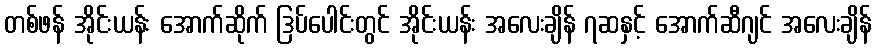
တစ်ဖန် အိုင်းယန်း အောက်ဆိုက် ဒြပ်ပေါင်းတွင် အိုင်းယန်း အလေးချိန် ၇ဆနှင့် အောက်ဆီဂျင် အလေးချိန်